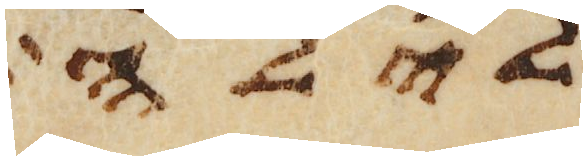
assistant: לילה